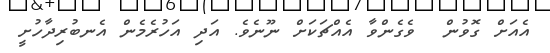
އެއަށް ގޮވުން  ވެގެންވާ އެއްޗަކަށް ނޫނެވެ. އަދި އަހުރެމެން އެނބުރިދާހުށީ